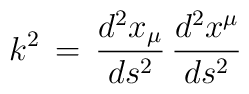
k^2\,=\, \frac{d^2x_\mu}{ds^2}\,\frac{d^2x^\mu }{ds^2}